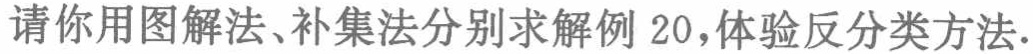
请你用图解法、补集法分别求解例 20，体验反分类方法.